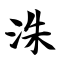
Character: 洙